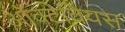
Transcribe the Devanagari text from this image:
ऑक्टेवियस